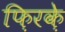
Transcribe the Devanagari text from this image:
फ़िरके़